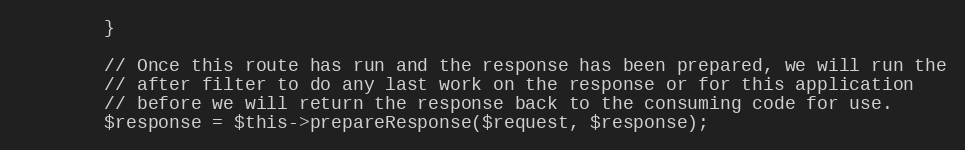
Language: PHP
		}

		// Once this route has run and the response has been prepared, we will run the
		// after filter to do any last work on the response or for this application
		// before we will return the response back to the consuming code for use.
		$response = $this->prepareResponse($request, $response);